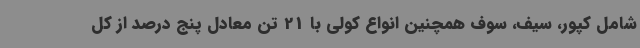
شامل کپور، سیف، سوف همچنین انواع کولی با 21 تن معادل پنج درصد از کل